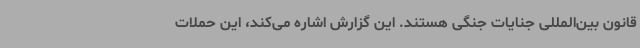
قانون بین‌المللی جنایات جنگی هستند. این گزارش اشاره می‌کند، این حملات